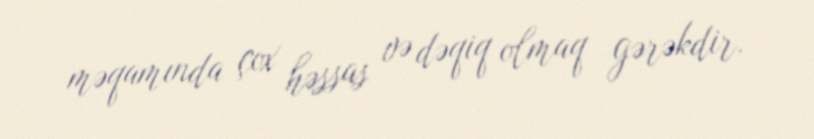
məqamında çox həssas və dəqiq olmaq gərəkdir.